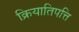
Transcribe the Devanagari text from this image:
क्रियातिपत्ति